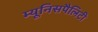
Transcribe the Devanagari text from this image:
म्यूनिसपैलिटी